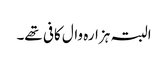
البتہ ہزارہ وال کافی تھے۔